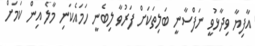
އާފިޔާ ވިދާޅުވީ ނަފްސާނީ ބަލިތަކަށް ފަރުވާ ލިބެނީ ހަމައެކަނި މާލެ އިން ކަމަށް